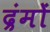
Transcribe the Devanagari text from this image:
द्रंमों